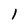
Character: l